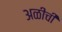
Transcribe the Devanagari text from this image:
अळीची